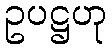
ဥပဋ္ဌဟု